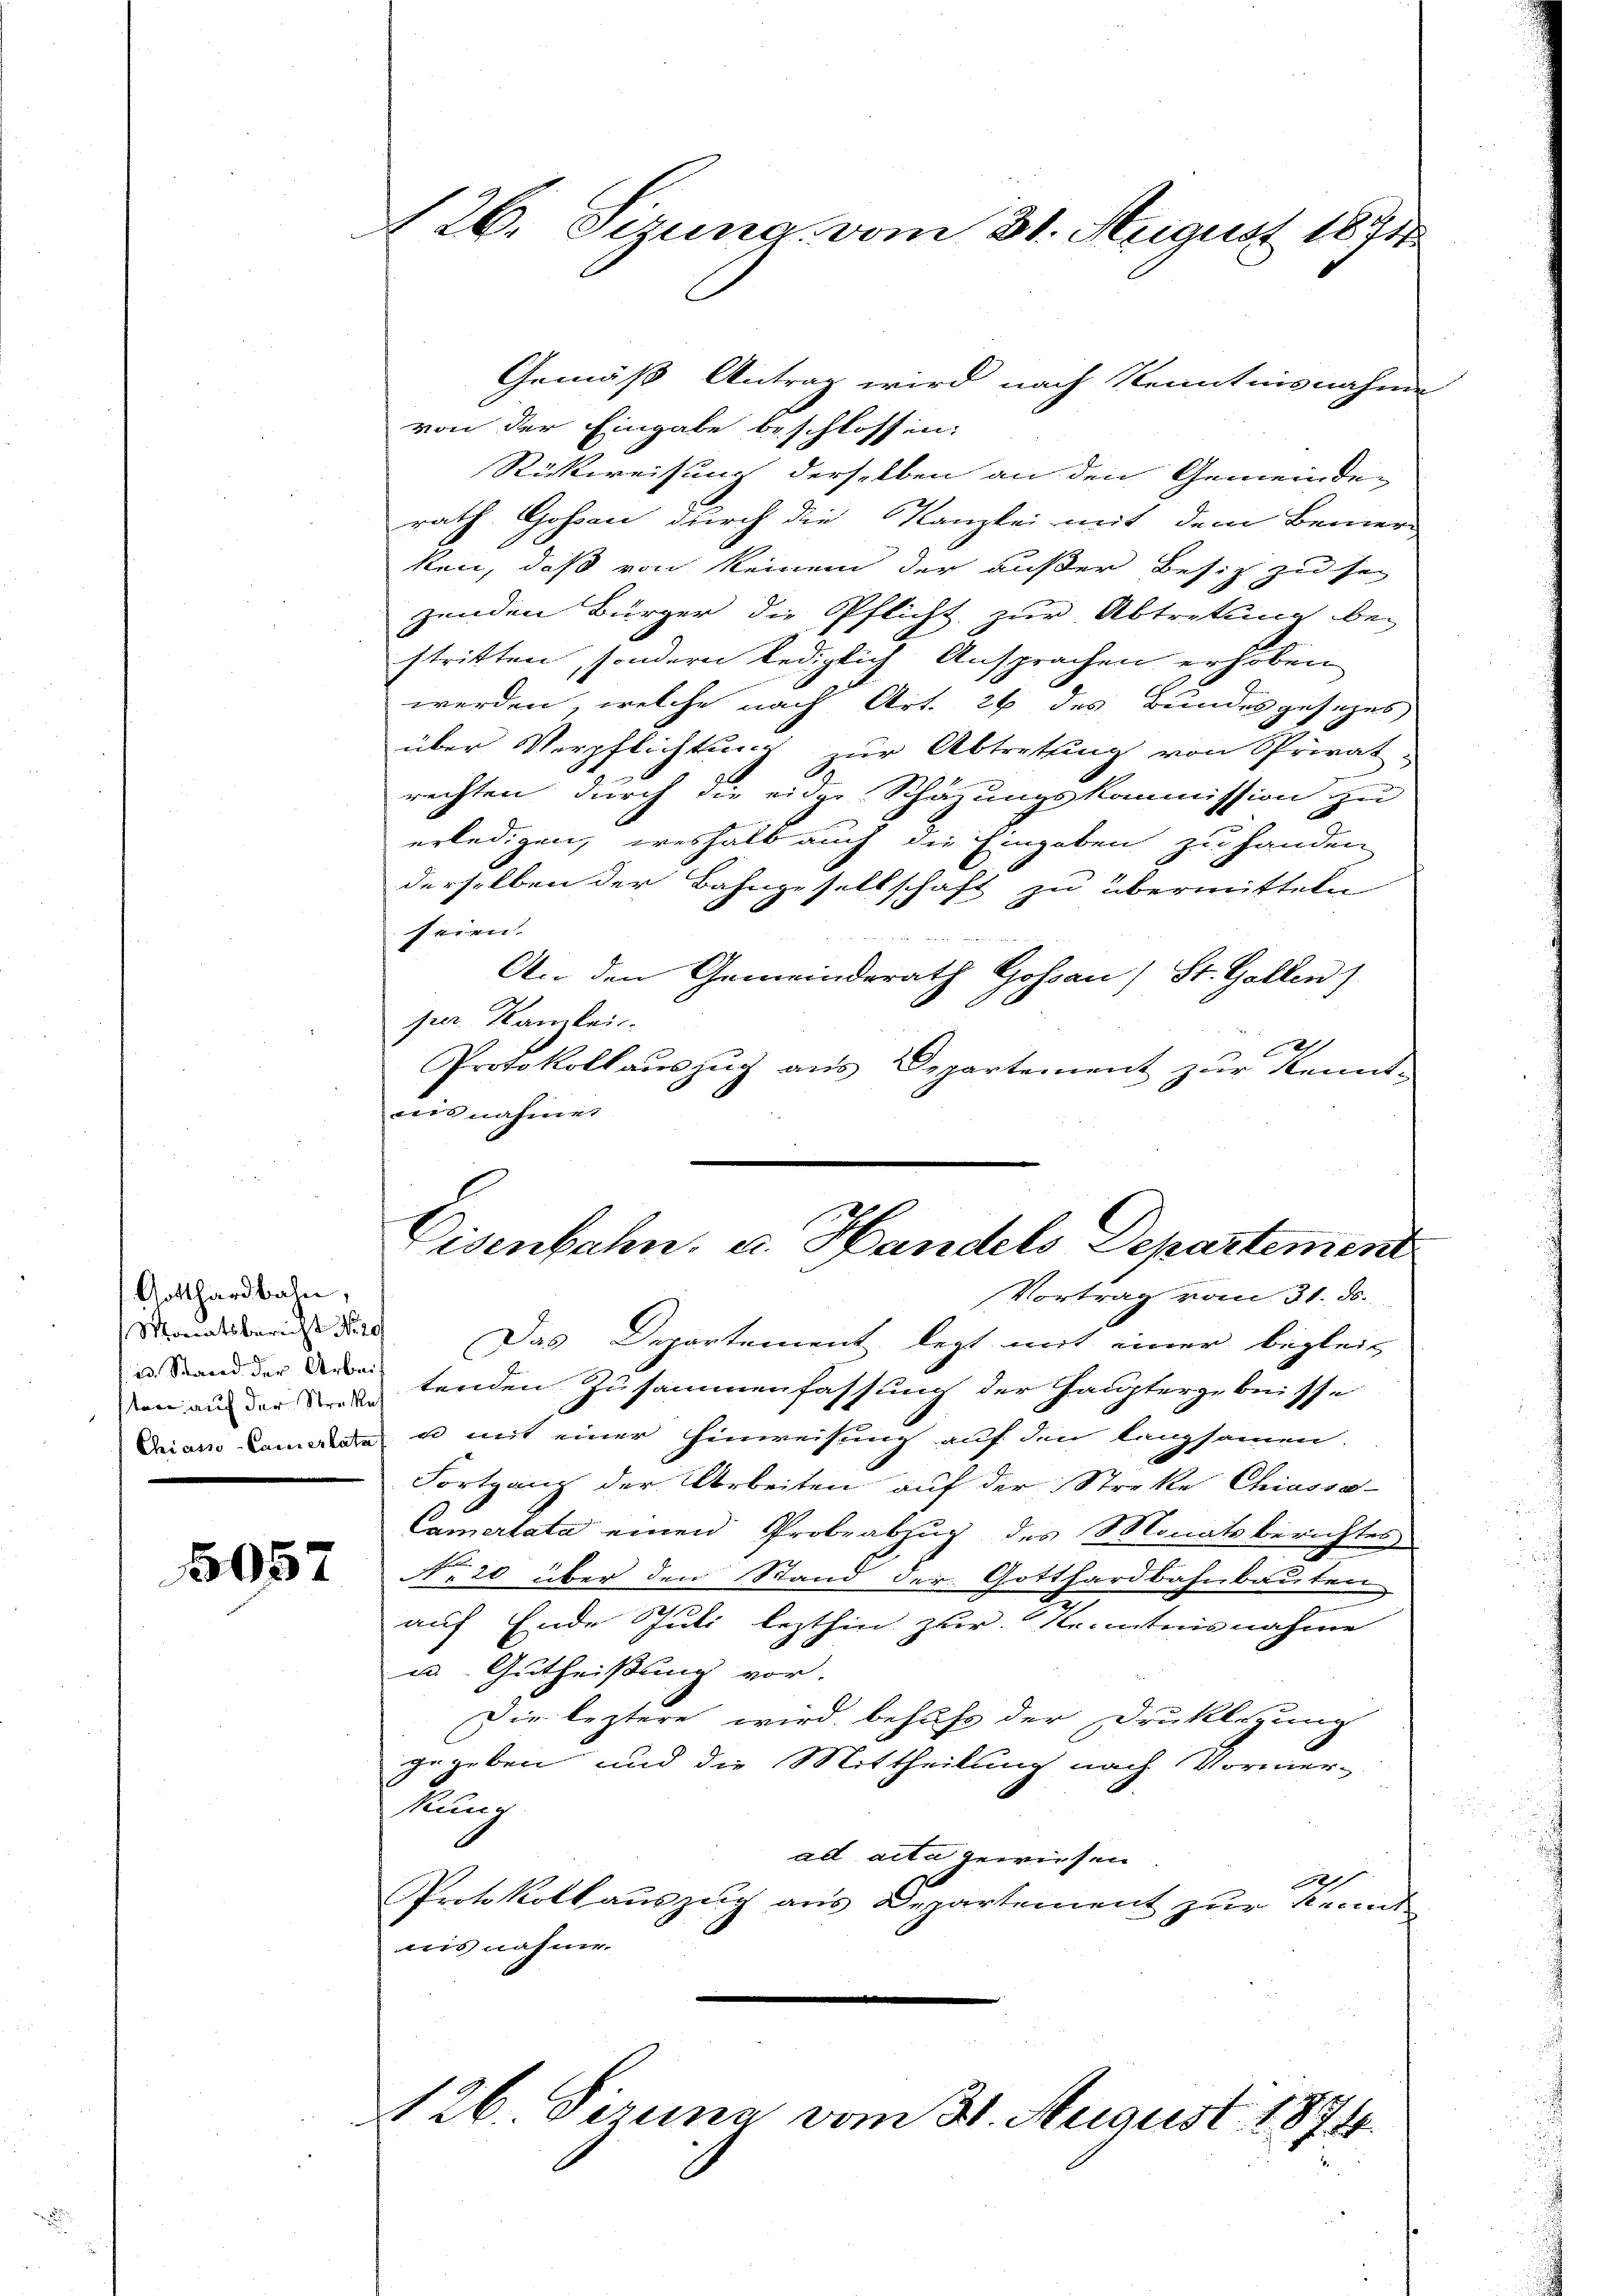
Gotthardbahn,
Monatsbericht No 20
id. Stand der Arbeit
sten auf der Straße
Chiasso-Camertata

5057

126. Sizung vom 31. August 1871

Gemäß Antrag wird nach Kenntnisnahme
von der Eingabe beschlossen:
Rückweisung derselben an den Gemeinden
rath Gossau durch die Kanzlei mit dem Bemer-
ken, daß von keinem der außer Besitz zu sei
zenden Bürger die Pflicht zur Abtretung bei
stritten, sondern lediglich Ansprachen erhoben
werden, welche nach Art. 26 des Bundesgesezes
über Verpflichtung zur Abtretung von Privat-
rechten durch die eidge Schazungskommission zu
erledigen, weshalb auch die Eingaben zu handen
derselben der Bahngesellschaft zu übermitteln
seien.
An den Gemeinderath Gossau) St. Gallen)
per. Kanzlei
C1
Protokollauszug aus Departement zur Kennt-
ais nahmen.
Eisenbahn, u. Handels Departement
Vortrag vom 31. ds.
Das Departement legt mit einer begleit
tenden Zusammenfassung der Hauptergebnisse
u mit einer Einweisung auf den langsamen.
Fortgang der Arbeiten auf der Streke Chiasso-
Camertata einen Probeabzug des Monatsberichtes
No 20 über den Stand der Gotthardbahnbauten
.
auf Ende S
ii lezthin zur Kenntnisnahme
u. Gutheißung vor.
Die leztere wird behufs der Druklegung
gegeben und die Mittheilung nach Vormer-
kann
ad acta gewiesen
A
Protokoll auszug aus Departement zur Kennt
ausnahme.

126. Ferina vom 31. August 1874.